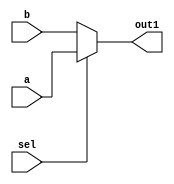
module Mux1 (a,b,out1,sel);
input[31:0]a,b;
input sel ;
output[31:0] out1;
assign out1 =(sel)?a:b;
endmodule